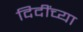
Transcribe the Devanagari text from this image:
दिदींच्या